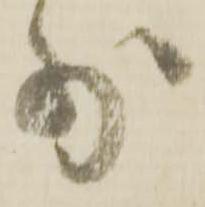
少